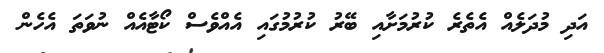
އަދި މުދަލެއް އެތެރެ ކުރުމަށާއި ބޭރު ކުރުމުގައި އެއްވެސް ކޯޓާއެއް ނުވަތަ އެހެން